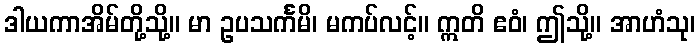
ဒါယကာအိမ်တို့သို့။ မာ ဥပသင်္ကမိ၊ မကပ်လင့်။ ဣတိ ဧဝံ၊ ဤသို့။ အာဟံသု၊